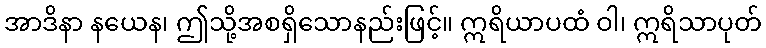
အာဒိနာ နယေန၊ ဤသို့အစရှိသောနည်းဖြင့်။ ဣရိယာပထံ ဝါ၊ ဣရိသာပုတ်